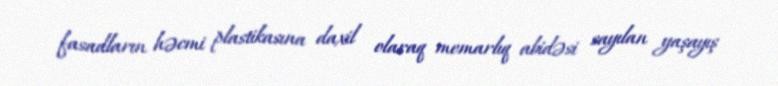
fasadların həcmi plastikasına daxil olaraq memarlıq abidəsi sayılan yaşayış